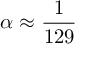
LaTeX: \alpha \approx { \frac { 1 } { 1 2 9 } }